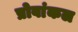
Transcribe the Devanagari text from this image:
प्रोवांकल